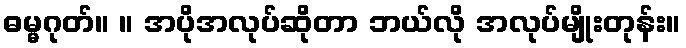
ဓမ္မဂုတ်။ ။ အပိုအလုပ်ဆိုတာ ဘယ်လို အလုပ်မျိုးတုန်း။